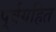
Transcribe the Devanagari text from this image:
पूर्वग्रहित